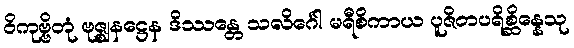
ဝိကုဗ္ဗိတုံ ဗုဇ္ဈနဋ္ဌေန ဒိဿန္တေ သလိင်္ဂေါ မရီစိကာယ ပူဇိတပရိစ္ဆိန္နေသု